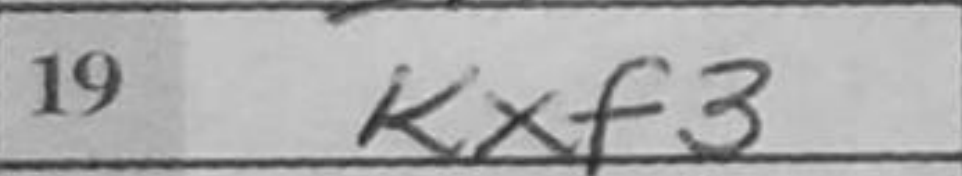
Transcription: Kxf3